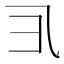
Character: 𱎀